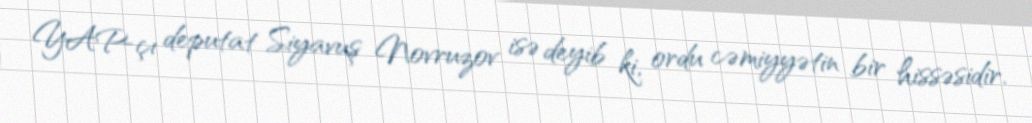
YAP-çı deputat Siyavuş Novruzov isə deyib ki, ordu cəmiyyətin bir hissəsidir.